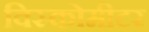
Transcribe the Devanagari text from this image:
विस्कोमीटर